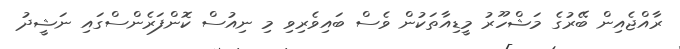
ރާއްޖެއިން ބޭރުގެ މަޝްހޫރު މީޑިއާތަކުން ވެސް ބައިވެރިވި މި ނިއުސް ކޮންފަރެންސްގައި ނަޝީދު